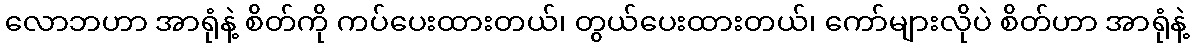
လောဘဟာ အာရုံနဲ့ စိတ်ကို ကပ်ပေးထားတယ်၊ တွယ်ပေးထားတယ်၊ ကော်များလိုပဲ စိတ်ဟာ အာရုံနဲ့